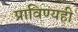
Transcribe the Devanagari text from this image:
प्राविण्यही